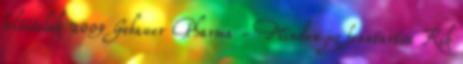
feltételek 2009 Gebauer Pharma - Minden jog fenntartva Kik